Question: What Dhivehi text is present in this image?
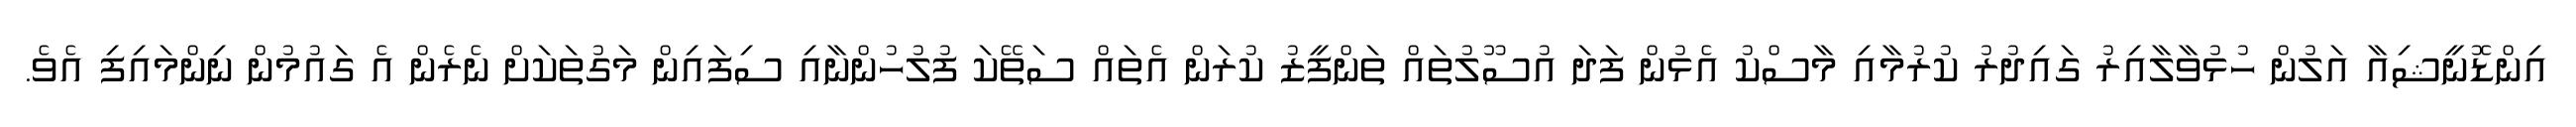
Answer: އިންޑޮނީޝިއާ އަލުން ހުޅުވާލާއިރު ގައިދުރު ކުރުމާއި މާސްކު އެޅުން ފަދަ އުސޫލުތައް ތަންފީޒު ކުރަން އެތައް ސަތޭކަ ފުލުހުންނާއި ސިފައިން މަގުތަކަށް ނެރެން އެ ގައުމުން ނިންމައިފި އެވެ.